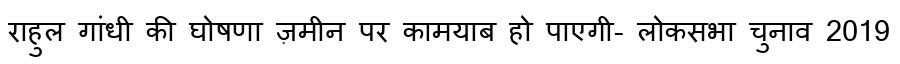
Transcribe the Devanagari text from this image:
राहुल गांधी की घोषणा ज़मीन पर कामयाब हो पाएगी- लोकसभा चुनाव 2019